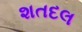
શતદલ